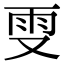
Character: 𠭍